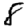
Digit: 8